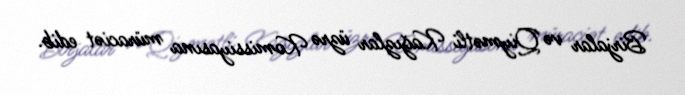
Birjalar və Qiymətli Kağızlar üzrə Komissiyasına müraciət edib.